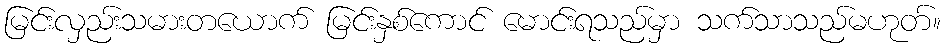
မြင်းလှည်းသမားတယောက် မြင်းနှစ်ကောင် မောင်းရသည်မှာ သက်သာသည်မဟုတ်။